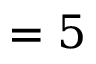
= 5